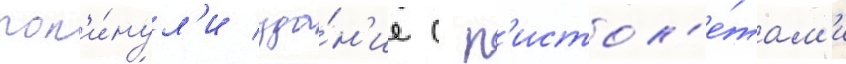
пок'и́нул'и зда́н'ие с п'истол'е́там'и